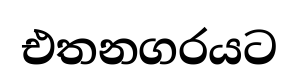
එතනගරයට